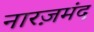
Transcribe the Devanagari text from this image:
नारज़मंद